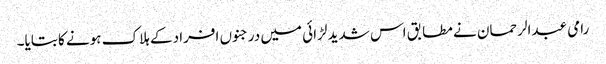
رامی عبدالرحمان نے مطابق اس شدید لڑائی میں درجنوں افراد کے ہلاک ہونے کا بتایا۔